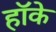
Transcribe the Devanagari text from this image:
हॉके